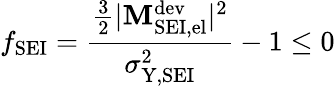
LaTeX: f_{\mathrm{SEI}}=\frac{\frac{3}{2}|\mathbf{M}_{\mathrm{SEI,el}}^{\mathrm{dev}}|^{2}}{\sigma_{\mathrm{Y,SEI}}^{2}}-1\leq 0